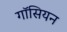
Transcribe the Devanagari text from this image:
गॉसियन